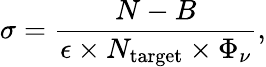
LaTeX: \sigma=\frac{N-B}{\epsilon\times N_{\mathrm{target}}\times\Phi_{\nu}},